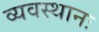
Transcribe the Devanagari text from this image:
व्यवस्थानः